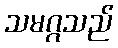
သမဂ္ဂသည်